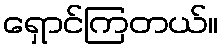
ရှောင်ကြတယ်။